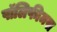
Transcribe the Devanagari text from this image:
पॉलिफीमस